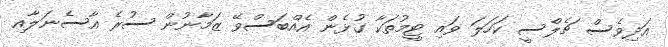
އަދިވެސް ޗެލްސީ ކަހަލަ ވައި ޓީމުތަކާ ގުޅެން އެއްބަސްވޭ ޒަމާނުން ސުރެ އާސެނަލާއި